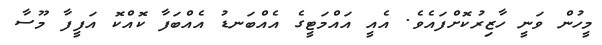
މީހުން ވަނީ ހާޒިރުކޮށްފައެވެ. އެއީ އައްމަޓީގެ އެއްބަނޑު އެއްބަފާ ކޮއްކޮ އަފީފާ މޫސާ